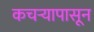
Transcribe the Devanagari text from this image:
कचर्‍यापासून